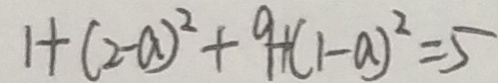
1 + ( 2 - a ) ^ { 2 } + 9 + ( 1 - a ) ^ { 2 } = 5